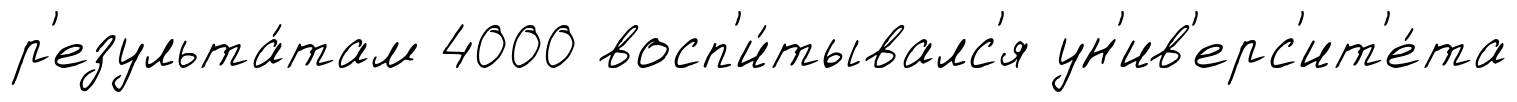
р'езульта́там 4000 восп'и́тывалс'я ун'ив'ерс'ит'е́та